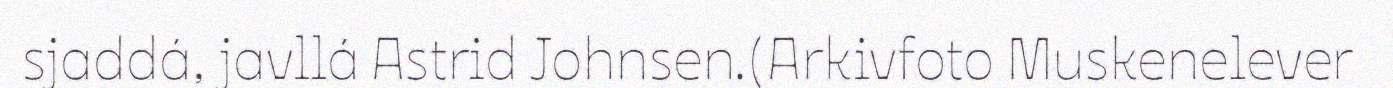
sjaddá, javllá Astrid Johnsen.(Arkivfoto Muskenelever